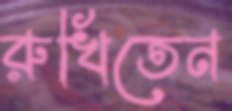
রুখিতেন